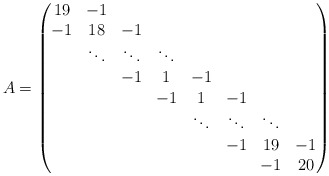
\begin{align*}A = \begin{pmatrix} 19& -1 \\ -1& 18 &-1 \\\quad& \ddots &\ddots & \ddots \\ \quad&\quad&-1&1&-1 \\ \quad&\quad&\quad&-1&1&-1 \\ \quad&\quad&\quad&\quad&\ddots &\ddots & \ddots \\ \quad&\quad&\quad&\quad&\quad&-1& 19 &-1 \\ \quad&\quad&\quad&\quad&\quad&\quad&-1&20\end{pmatrix}\end{align*}